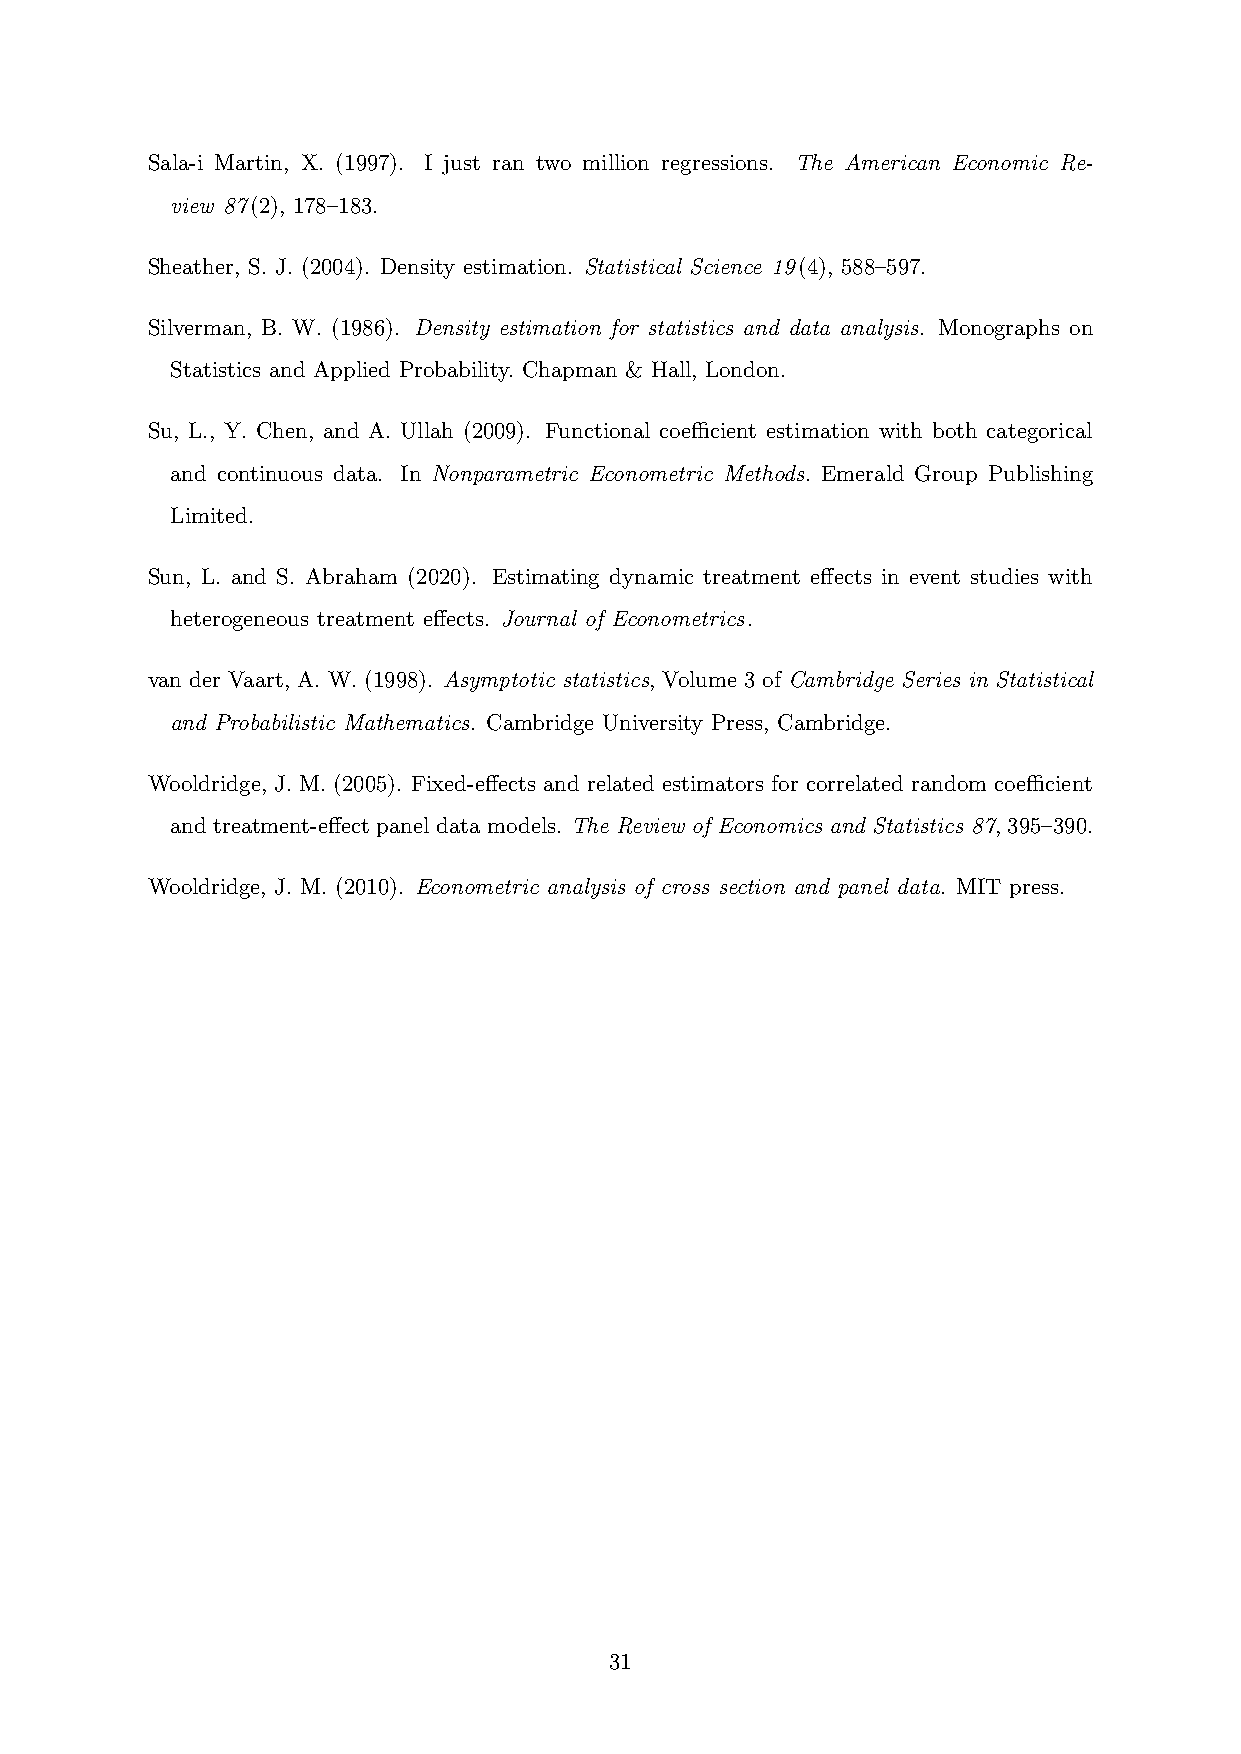
Sala-i Martin, X. (1997). I just ran two million regressions. The American Economic Re-
 view 87(2), 178–183.
 Sheather, S. J. (2004). Density estimation. Statistical Science 19(4), 588–597.
 Silverman, B. W. (1986). Density estimation for statistics and data analysis. Monographs on
 Statistics and Applied Probability. Chapman & Hall, London.
 Su, L., Y. Chen, and A. Ullah (2009). Functional coefficient estimation with both categorical
 and continuous data. In Nonparametric Econometric Methods. Emerald Group Publishing
 Limited.
 Sun, L. and S. Abraham (2020). Estimating dynamic treatment effects in event studies with
 heterogeneous treatment effects. Journal of Econometrics.
 van der Vaart, A. W. (1998). Asymptotic statistics, Volume 3 of Cambridge Series in Statistical
 and Probabilistic Mathematics. Cambridge University Press, Cambridge.
 Wooldridge, J. M. (2005). Fixed-effects and related estimators for correlated random coefficient
 andtreatment-effectpanel data models. The Review of Economics and Statistics 87, 395–390.
 Wooldridge, J. M. (2010). Econometric analysis of cross section and panel data. MIT press.
 31